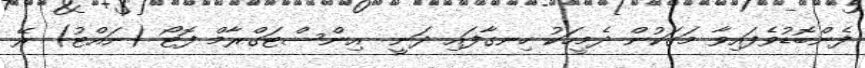
ފެންބޮޑުވެފައިވާ މަގަކުން ދެމީހަކު ހިނގާފައި ދަނީ  އިންސްޓަގްރާމް ފޮޓޯ (ނައްޓު) ރޭ